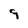
Character: 9